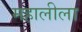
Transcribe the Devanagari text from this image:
महालीला